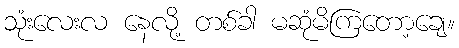
သုံးလေးလ နေလို့ တစ်ခါ မဆုံမိကြတော့ချေ။